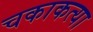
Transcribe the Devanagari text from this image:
चकाकत्या